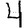
Digit: 4